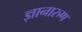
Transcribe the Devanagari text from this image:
ज्ञानारुण